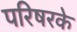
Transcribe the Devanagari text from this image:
परिषरके